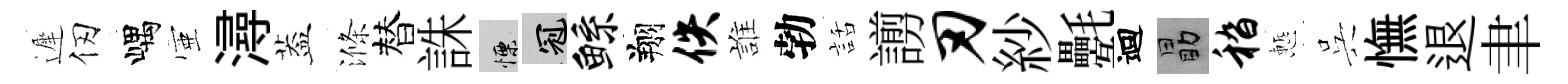
遲仞嵎壺潯葢滌替誅慄冠鲧翔佚誰勃話謭刃紗氎迴勗嵇慙呉憮退聿